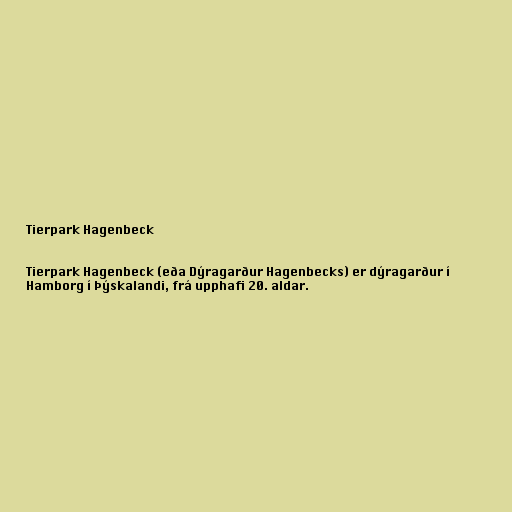
Tierpark Hagenbeck

Tierpark Hagenbeck (eða Dýragarður Hagenbecks) er dýragarður í
Hamborg í Þýskalandi, frá upphafi 20. aldar.